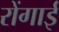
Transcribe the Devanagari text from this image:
रोंगाई